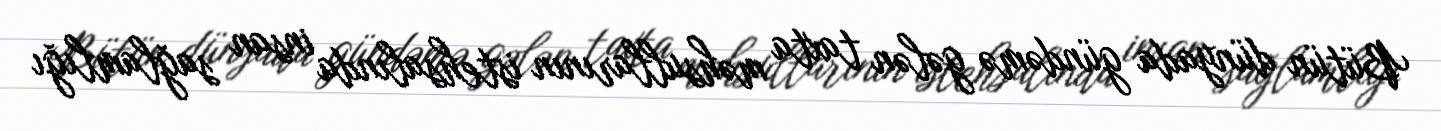
Bütün dünyada gündəmə gələn taxta məhsullarının istehsalında insan sağlamlığı